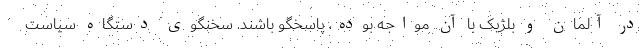
در آلمان و بلژیک با آن مواجه بوده، پاسخگو باشند. سخنگوی دستگاه سیاست